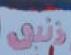
زنبر